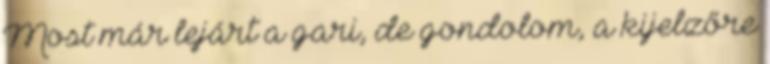
Most már lejárt a gari, de gondolom, a kijelzőre